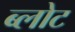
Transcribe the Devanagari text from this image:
ब्लोट